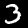
Digit: 3